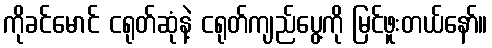
ကိုခင်မောင် ငရုတ်ဆုံနဲ့ ငရုတ်ကျည်ပွေ့ကို မြင်ဖူးတယ်နော်။